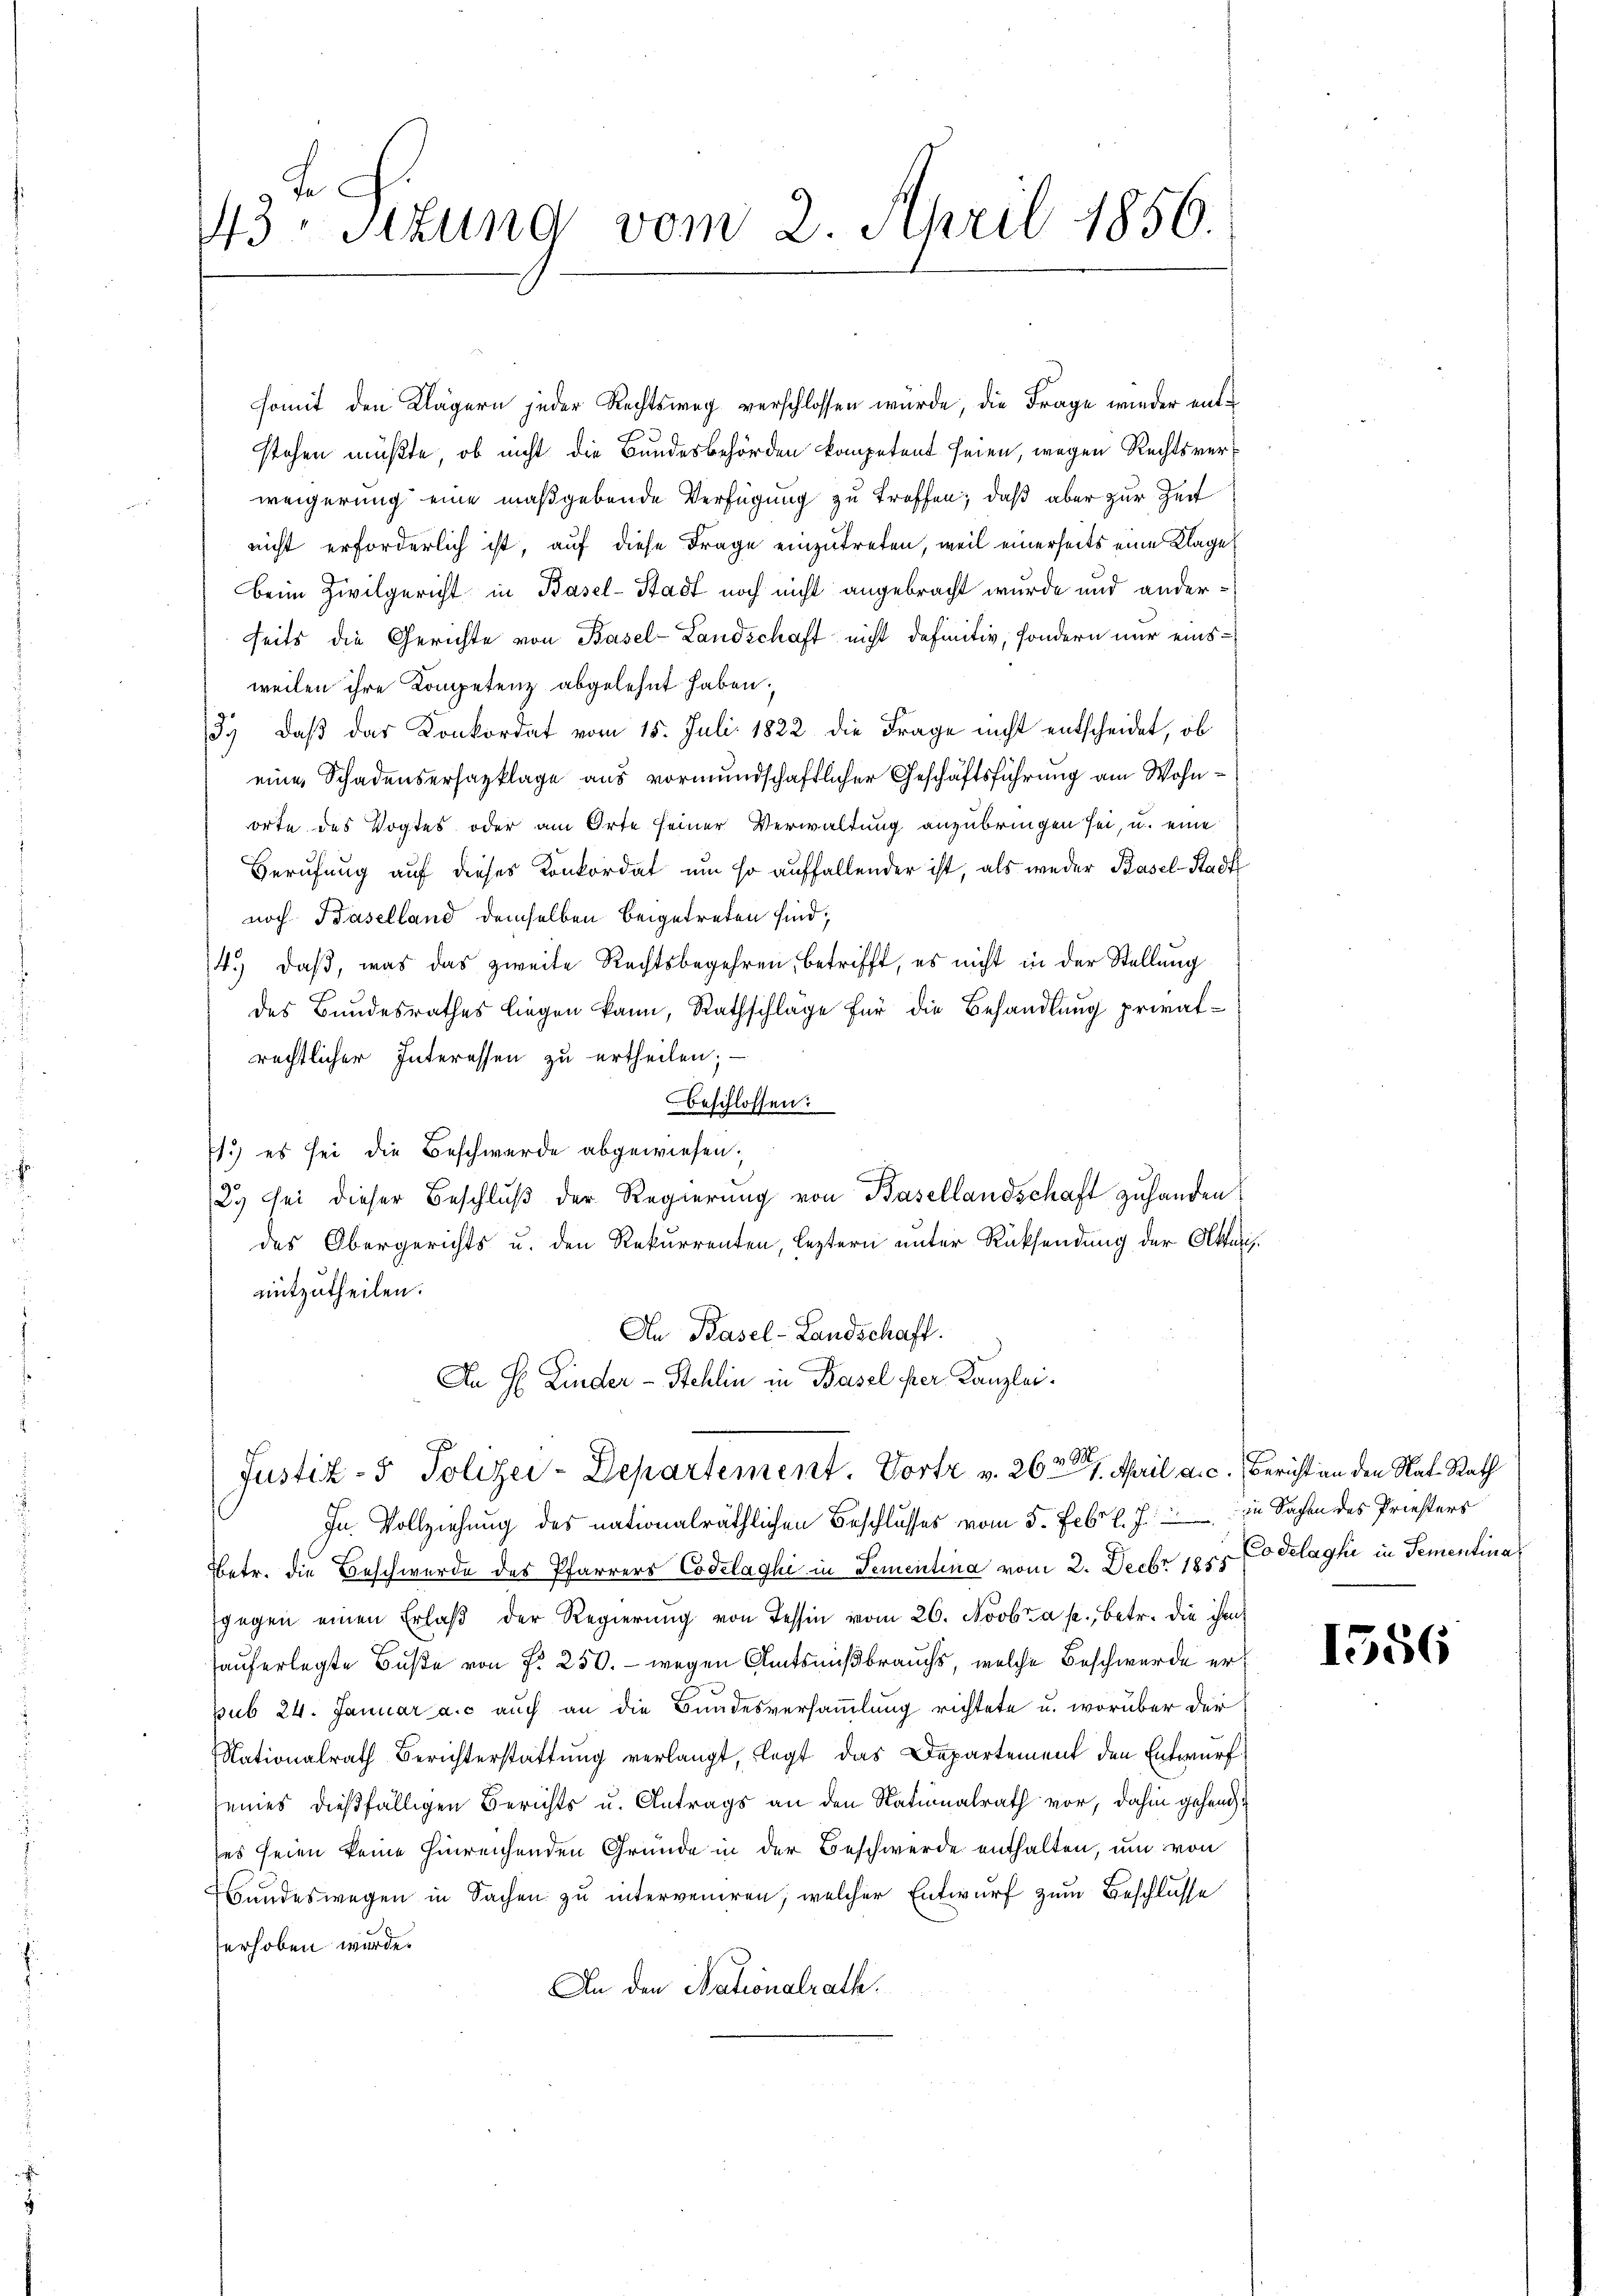
.
43. Sitzung vom 2. April 1856.

somit den Klägern jeder Rechtsweg verschlossen würde, die Frage wieder entstehen müßte, ob nicht die Bundesbehörden kompetent seien, wegen Rechtsverweigerung eine maßgebende Verfügung zu treffen; daß aber zur Zeit
nicht erforderlich ist, auf diese Frage einzutreten, weil einerseits eine Klage
Beim Zivilgericht in Basel-Stadt noch nicht angebracht wurde und anderseits die Gerichte von Basel-Landschaft nicht definitiv, sondern nur einsweilen ihre Kompetenz abgelehnt haben.
3.) Daß das Konkordat vom 15. Juli 1822 die Frage nicht entscheidet, ob
eine Schadensersazklage aus vormundschaftlicher Geschäftsführung am Wohnorte des Vogtes oder am Orte seiner Verwaltung anzubringen sei, u. eine
Berufung auf dieses Konkordat um so auffallender ist, als weder Basel-Stadt
noch Baselland demselben beigetreten sind;
14. daβ, was das zweite Rechtsbegehren, betrifft, es nicht in der Stellung
des Bundesrathes liegen kann, Rathschläge für die Behandlung privatrechtlicher Interessen zu ertheilen; —
beschlossen:
1.) es sei die Beschwerde abgewiesen;
2. sei dieser Beschluß der Regierung von Basellandschaft zuhanden
des Obergerichts u. den Rekurrenten, leztern unter Rücksendung der Akten
mitzutheilen.
An Basel-Landschaft.
An H. Kinder-Stehlin in Basel ihrer Kanzlei-

Justiz- & Polizei-Departement. Vortr v. 26. April a. c. Bericht an den Nat. Rath

In Vollziehung des nationalräthlichen Beschlusses vom 5. Febr. l. J. in Sachen des Priesters
Betr. die Beschwerde des Pfarrers Codelaghi in Sementina vom 2. Decbr 1851 Codelaghi in Sementinas
gegen einen Erlaβ der Regierŭng von Tessin vom 26. Novbr. a. p., betr. die ihm
hauferlegte Buße von P. 250. - wegen Amtsnißbrauchs, welche Beschwerde erpub 24. Januar a. c. auch an die Bundesversammlung richtete u. worüber der
Nationalrath Berichterstattung verlangt, legt das Departement den Entwurf
seines dießfälligen Berichts u. Antrags an den Naturalrath vor, dahin gehend
ses seien keine hinreichenden Grunde in der Beschwerde enthalten, um von
Bundeswegen in Sachen zu interveniren, welcher Entwurf zum Beschlusse
erhoben wurde.
An den Nationalrath.

1556